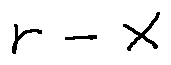
r - x